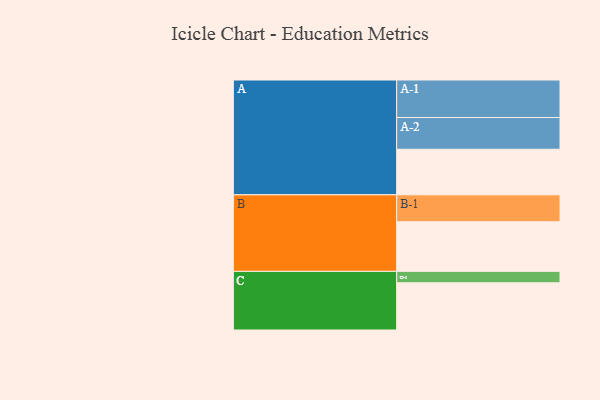
{"axis": {"x": "Segment", "y": "Value"}, "legend": ["", "A", "B", "C"], "data": [{"x": "A", "y": 339, "type": ""}, {"x": "B", "y": 369, "type": ""}, {"x": "C", "y": 351, "type": ""}, {"x": "A-1", "y": 279, "type": "A"}, {"x": "A-2", "y": 236, "type": "A"}, {"x": "B-1", "y": 200, "type": "B"}, {"x": "C-1", "y": 85, "type": "C"}]}